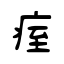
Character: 痓